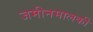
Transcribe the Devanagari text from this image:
जमीनमालकी